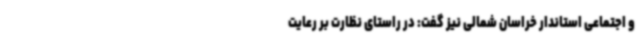
و اجتماعی استاندار خراسان شمالی نیز گفت: در راستای نظارت بر رعایت